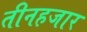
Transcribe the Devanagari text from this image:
तीनहजार